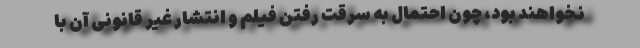
نخواهند بود، چون احتمال به سرقت رفتن فیلم و انتشار غیر قانونی آن با